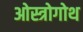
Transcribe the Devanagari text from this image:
ओस्त्रोगोथ